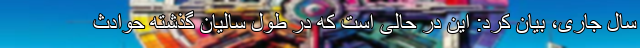
سال جاری، بیان کرد: این در حالی است که در طول سالیان گذشته حوادث